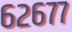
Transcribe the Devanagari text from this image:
६२६७७